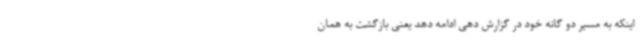
اینکه به مسیر دو گانه خود در گزارش دهی ادامه دهد یعنی بازگشت به همان